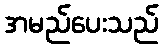
အမည်ပေးသည်